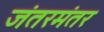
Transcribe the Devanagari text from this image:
जंतरमंतर